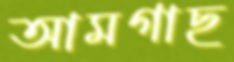
আমগাছ